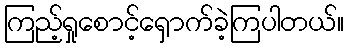
ကြည့်ရှုစောင့်ရှောက်ခဲ့ကြပါတယ်။